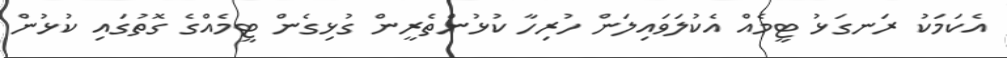
އެކަމަކު ރަނގަޅު ޓީމެއް އެކުލަވައިލަން ހުރިހާ ކުޅުންތެރީން ގުޅިގެން ޓީމެއްގެ ގޮތުގައި ކުޅުން